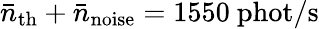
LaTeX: \bar{n}_{\mathrm{th}}+\bar{n}_{\mathrm{noise}}=1550\ \mathrm{phot/s}